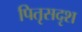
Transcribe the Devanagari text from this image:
पितृसदृश